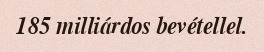
185 milliárdos bevétellel.